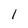
Character: 1